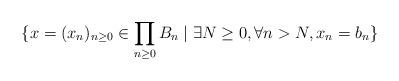
LaTeX: \begin{align*}\{x=(x_n)_{n\geq 0}\in \prod_{n\geq 0}B_n\mid \exists N\geq 0,\forall n>N,x_n=b_n\}\end{align*}